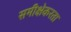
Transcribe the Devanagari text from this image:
समीक्षेकरता